Report of the Municipal Commissioner on the plague in Bombay for the year ending 31st May... - Volume 1
Disease focus: Plague
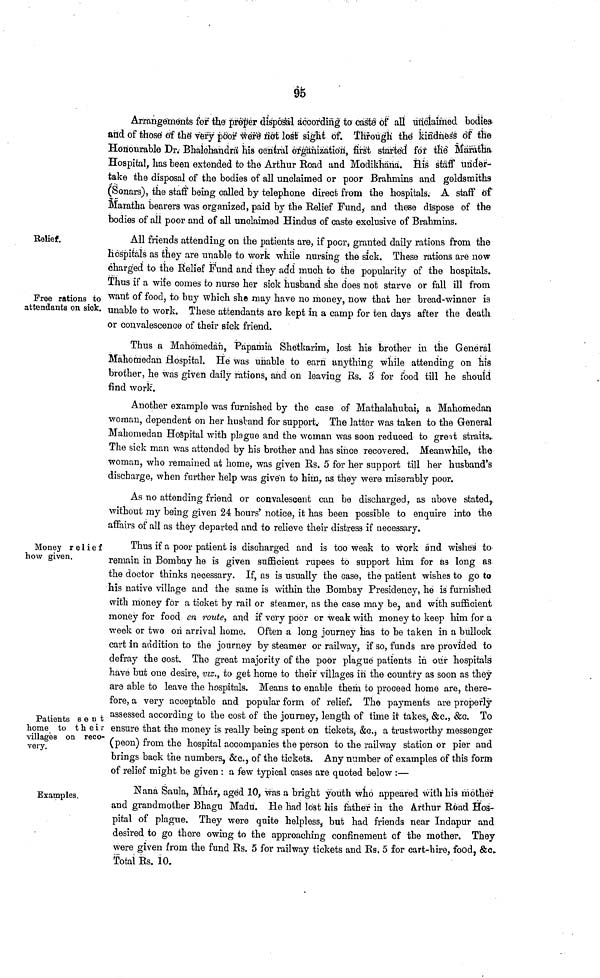
95
Arrangements for the proper disposal according to caste of all unclaimed bodies
and of those of the very poor were not lost sight of. Through the kindness of the
Honourable Dr. Bhalohandra his central organization, first started for the Maratha
Hospital, has been extended to the Arthur Road and Modikhana. His staff under-
take the disposal of the bodies of all unclaimed or poor Brahmins and goldsmiths
(Sonars), the staff being called by telephone direct from the hospitals. A staff of
Maratha bearers was organized, paid by the Relief Fund, and these dispose of the
bodies of all poor and of all unclaimed Hindus of caste exclusive of Brahmins.
Relief.
Free rations to
attendants on sick.
All friends attending on the patients are, if poor, granted daily rations from the
hospitals as they are unable to work while nursing the sick. These rations are now
charged to the Relief Fund and they add much to the popularity of the hospitals.
Thus if a wife comes to nurse her sick husband she does not starve or fall ill from
want of food, to buy which she may have no money, now that her bread-winner is
unable to work. These attendants are kept in a camp for ten days after the death
or convalescence of their sick friend.
Thus a Mahomedan, Papamia Shetkarim, lost his brother in the General
Mahomedan Hospital. He was unable to earn anything while attending on his
brother, he was given daily rations, and on leaving Rs. 3 for food till he should
find work.
Another example was furnished by the case of Mathalahubai, a Mahomedan
woman, dependent on her husband for support. The latter was taken to the General
Mahomedan Hospital with plague and the woman was soon reduced to grent straits.
The sick man was attended by his brother and has since recovered. Meanwhile, the
woman, who remained at home, was given Rs. 5 for her support till her husband's
discharge, when further help was given to him, as they were miserably poor.
As no attending friend or convalescent can be discharged, as above stated,
without my being given 24 hours' notice, it has been possible to enquire into the
affairs of all as they departed and to relieve their distress if necessary.
Money relief
how given.
Patients sent
home to their
villages on reco-
very.
Thus if a poor patient is discharged and is too weak to work and wishes to
remain in Bombay he is given sufficient rupees to support him for as long as
the doctor thinks necessary. If, as is usually the case, the patient wishes to go to
his native village and the same is within the Bombay Presidency, he is furnished
with money for a ticket by rail or steamer, as the case may be, and with sufficient
money for food en route, and if very poor or weak with money to keep him for a
week or two on arrival home. Often a long journey has to be taken in a bullock
cart in addition to the journey by steamer or railway, if so, funds are provided to
defray the cost. The great majority of the poor plague patients in our hospitals
have but one desire, viz., to get home to their villages in the country as soon as they
are able to leave the hospitals. Means to enable them to proceed home are, there-
fore, a very acceptable and popular form of relief. The payments are properly
assessed according to the cost of the journey, length of time it takes, &c., &c. To
ensure that the money is really being spent on tickets, &c., a trustworthy messenger
(peon) from the hospital accompanies the person to the railway station or pier and
brings back the numbers, &c., of the tickets. Any number of examples of this form
of relief might be given : a few typical cases are quoted below :—
Examples.
Nana Saula, Mhár, aged 10, was a bright youth who appeared with his mother
and grandmother Bhagu Madu. He had lost his father in the Arthur Road Hos-
pital of plague. They were quite helpless, but had friends near Indapur and
desired to go there owing to the approaching confinement of the mother. They
were given from the fund Rs. 5 for railway tickets and Rs. 5 for cart-hire, food, &c.
Total Rs. 10.